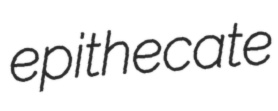
epithecate